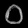
Digit: ၀